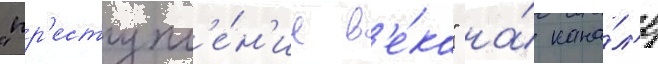
"пр'еступл'е́н'ие в'е́ка" на́ кана́л'е